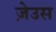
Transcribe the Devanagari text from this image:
ज़ेउस